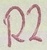
Text: R2